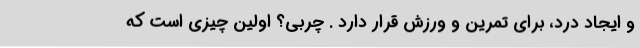
و ایجاد درد، برای تمرین و ورزش قرار دارد . چربی؟ اولین چیزی است که